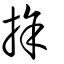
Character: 捈